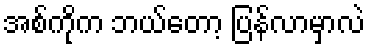
အစ်ကိုက ဘယ်တော့ ပြန်လာမှာလဲ